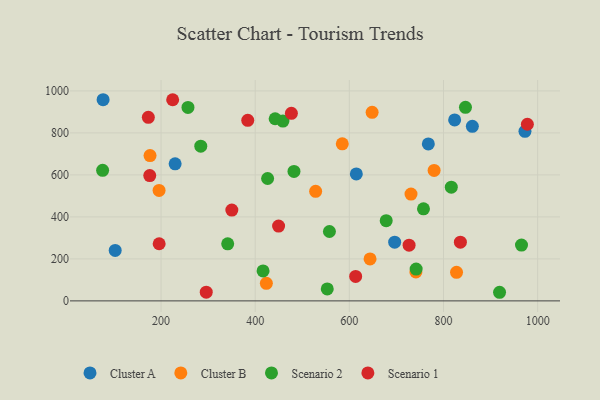
{"axis": {"x": "Price", "y": "Profit"}, "legend": ["Cluster A", "Cluster B", "Scenario 1", "Scenario 2"], "data": [{"x": "614.8", "y": 604.7, "type": "Cluster A"}, {"x": "861.3", "y": 831.2, "type": "Cluster A"}, {"x": "767.8", "y": 747.4, "type": "Cluster A"}, {"x": "973.1", "y": 807.4, "type": "Cluster A"}, {"x": "229.9", "y": 652.9, "type": "Cluster A"}, {"x": "76.9", "y": 958.0, "type": "Cluster A"}, {"x": "696.3", "y": 279.7, "type": "Cluster A"}, {"x": "823.7", "y": 861.6, "type": "Cluster A"}, {"x": "102.6", "y": 240.1, "type": "Cluster A"}, {"x": "585.0", "y": 747.8, "type": "Cluster B"}, {"x": "741.3", "y": 137.7, "type": "Cluster B"}, {"x": "176.6", "y": 691.9, "type": "Cluster B"}, {"x": "827.7", "y": 136.0, "type": "Cluster B"}, {"x": "528.4", "y": 521.7, "type": "Cluster B"}, {"x": "195.8", "y": 526.1, "type": "Cluster B"}, {"x": "648.4", "y": 898.0, "type": "Cluster B"}, {"x": "423.7", "y": 83.5, "type": "Cluster B"}, {"x": "780.1", "y": 621.1, "type": "Cluster B"}, {"x": "644.0", "y": 199.7, "type": "Cluster B"}, {"x": "731.0", "y": 508.6, "type": "Cluster B"}, {"x": "482.4", "y": 616.7, "type": "Scenario 2"}, {"x": "678.3", "y": 382.2, "type": "Scenario 2"}, {"x": "257.2", "y": 921.5, "type": "Scenario 2"}, {"x": "816.6", "y": 541.3, "type": "Scenario 2"}, {"x": "741.9", "y": 151.7, "type": "Scenario 2"}, {"x": "458.9", "y": 856.3, "type": "Scenario 2"}, {"x": "757.5", "y": 438.2, "type": "Scenario 2"}, {"x": "557.7", "y": 330.5, "type": "Scenario 2"}, {"x": "426.4", "y": 582.9, "type": "Scenario 2"}, {"x": "341.6", "y": 271.6, "type": "Scenario 2"}, {"x": "75.9", "y": 621.7, "type": "Scenario 2"}, {"x": "553.1", "y": 57.1, "type": "Scenario 2"}, {"x": "846.7", "y": 921.9, "type": "Scenario 2"}, {"x": "416.7", "y": 142.6, "type": "Scenario 2"}, {"x": "965.7", "y": 265.9, "type": "Scenario 2"}, {"x": "919.1", "y": 41.0, "type": "Scenario 2"}, {"x": "284.4", "y": 736.9, "type": "Scenario 2"}, {"x": "442.4", "y": 867.3, "type": "Scenario 2"}, {"x": "613.4", "y": 116.3, "type": "Scenario 1"}, {"x": "176.0", "y": 597.0, "type": "Scenario 1"}, {"x": "296.0", "y": 41.7, "type": "Scenario 1"}, {"x": "173.0", "y": 874.1, "type": "Scenario 1"}, {"x": "350.4", "y": 432.4, "type": "Scenario 1"}, {"x": "224.7", "y": 957.9, "type": "Scenario 1"}, {"x": "196.0", "y": 272.2, "type": "Scenario 1"}, {"x": "835.9", "y": 279.7, "type": "Scenario 1"}, {"x": "476.9", "y": 893.4, "type": "Scenario 1"}, {"x": "449.7", "y": 356.2, "type": "Scenario 1"}, {"x": "726.9", "y": 265.1, "type": "Scenario 1"}, {"x": "384.2", "y": 860.1, "type": "Scenario 1"}, {"x": "978.2", "y": 841.2, "type": "Scenario 1"}]}